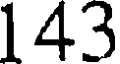
143